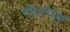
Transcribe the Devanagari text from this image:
नालपत